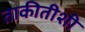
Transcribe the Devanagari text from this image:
ताकीतीशी